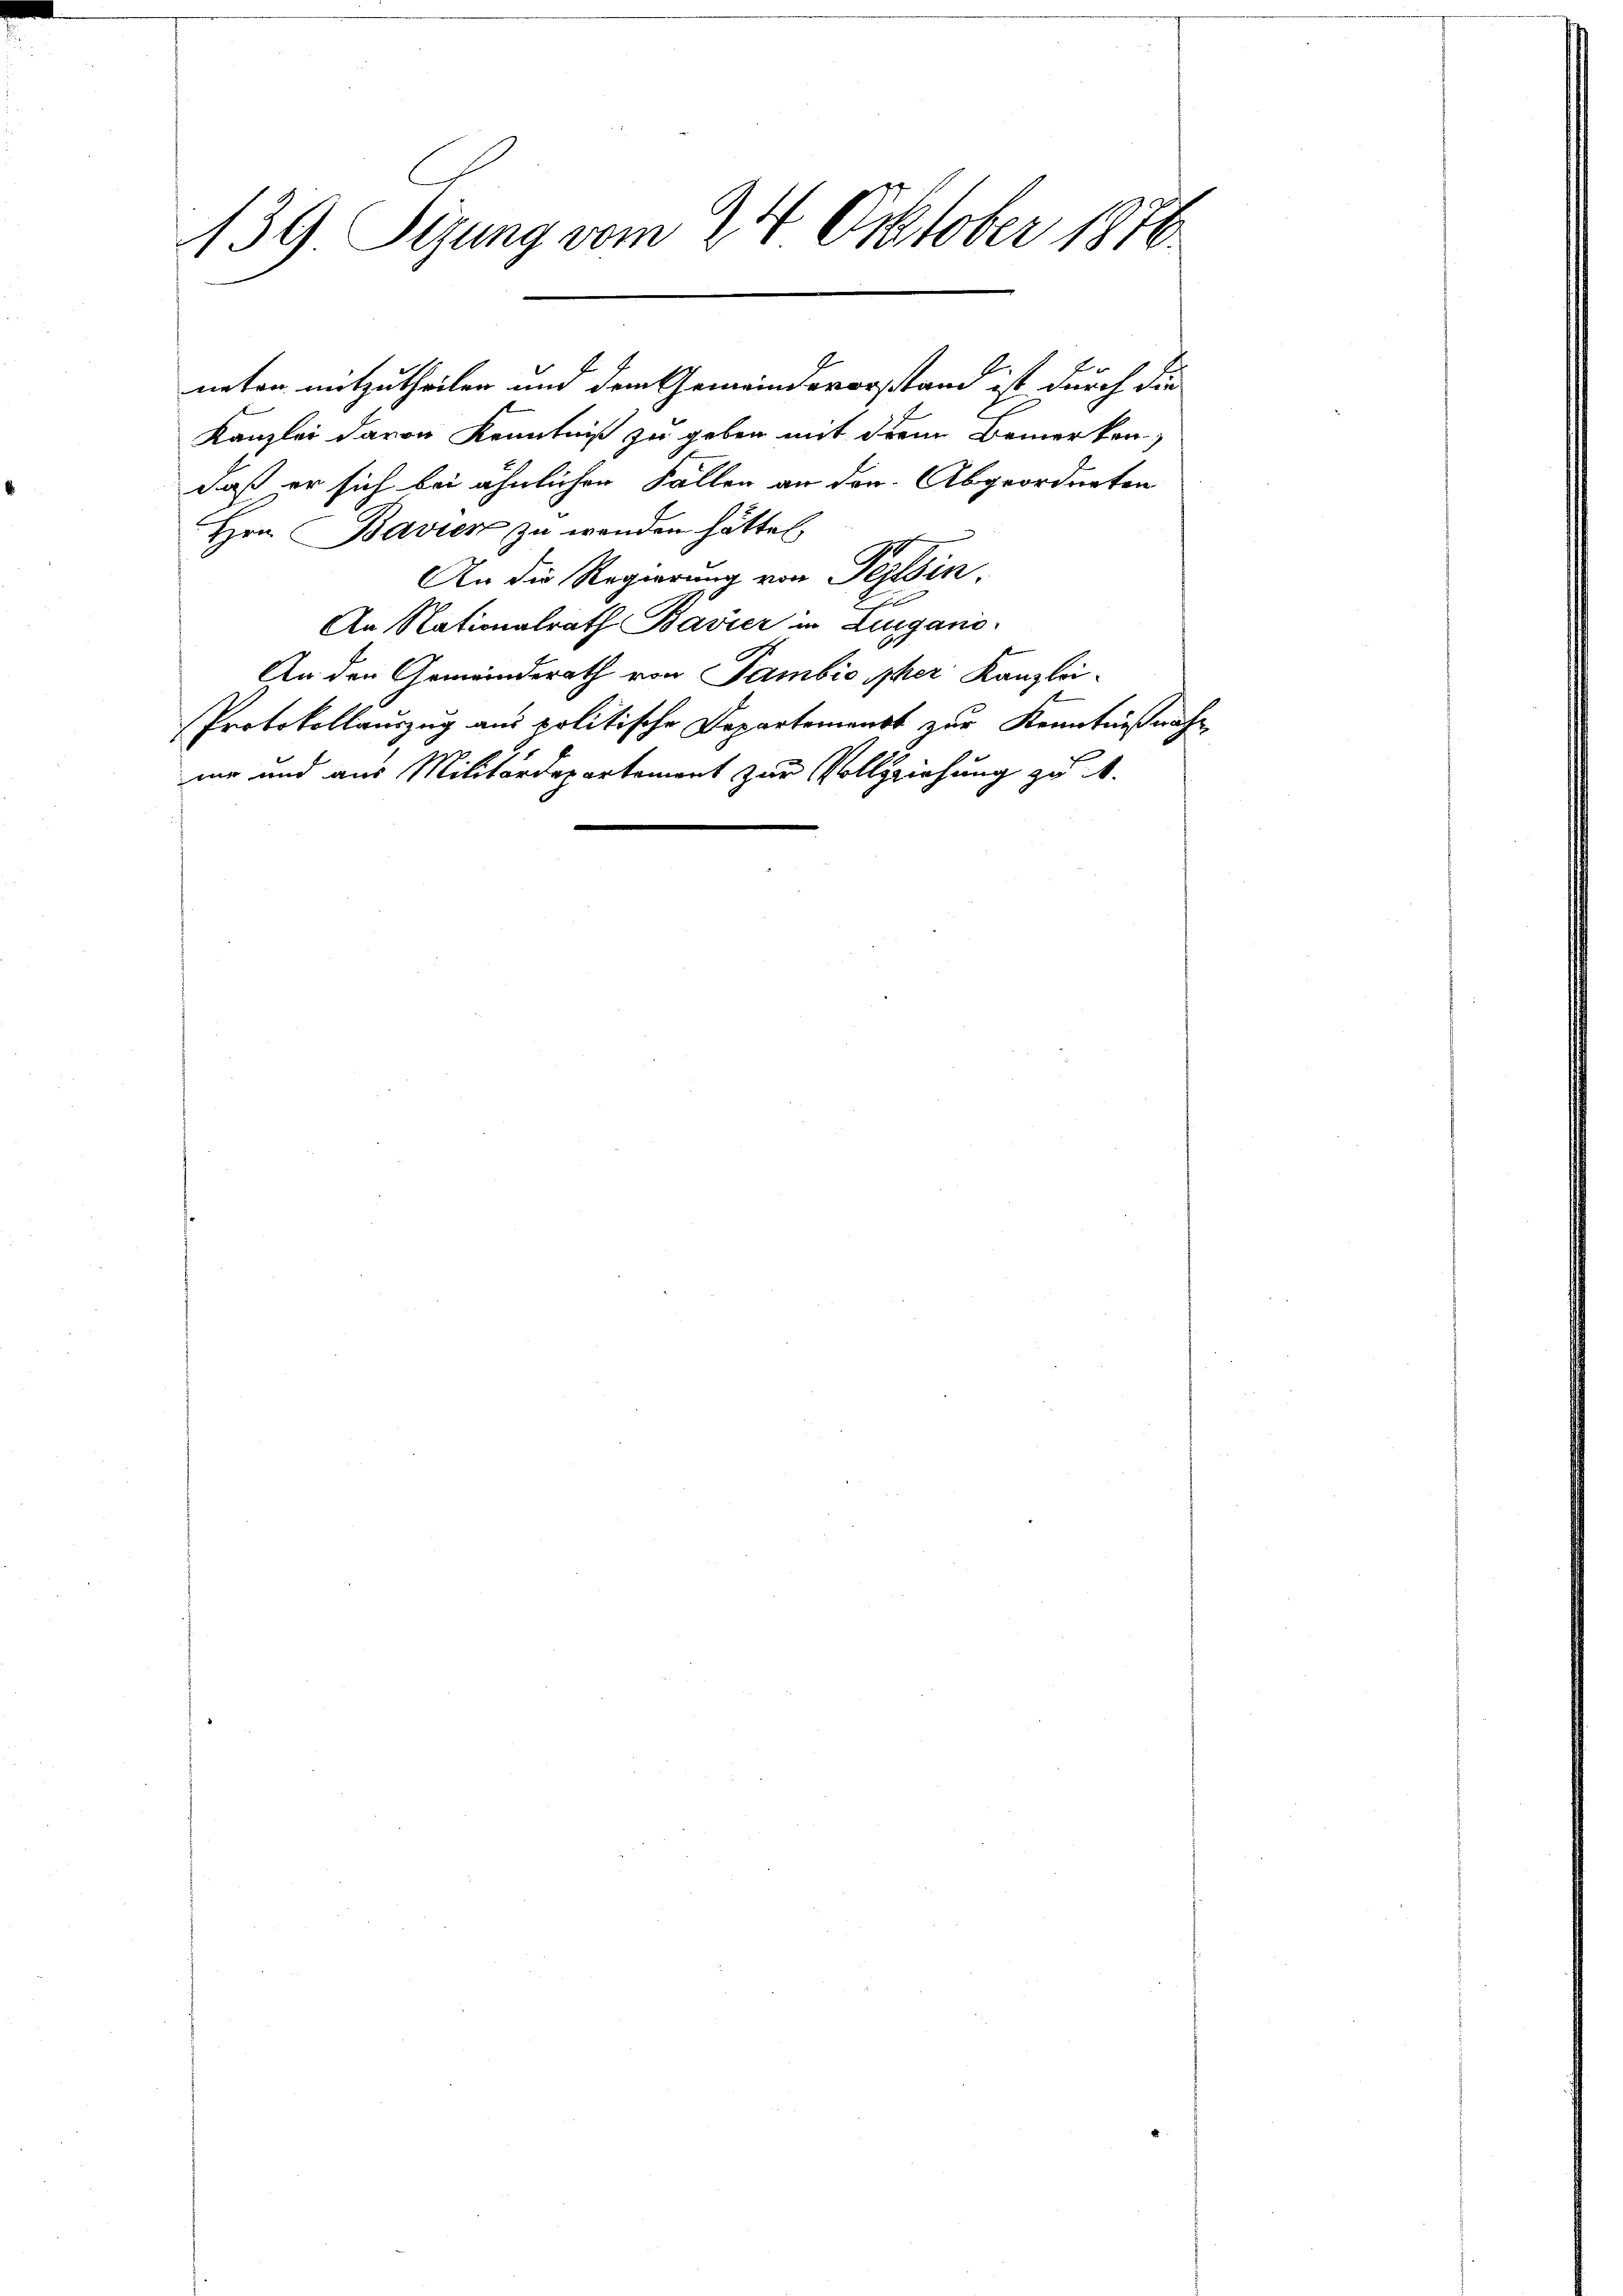
139. Sizung vom 24. October 1870

Kanzlei davon Kenntniß zu geben mit dem Bemerken,
daß er sich bei ähnlichen Fallen an der Abgeordneten
Hrn. Bavier zu wenden hätte,
An die Regierung von Tessin.
An Nationalrath Bavier in Lugano
An den Gemeinderath von Sambić isher Kanzlei-
Protokollauszug aus politische Departement zur Kenntnißnahne und aus Militärdepartement zur Vollziehung zu 4.

neten mitzutheilen und dem Gemeindsvorstand ist durch die